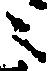
々